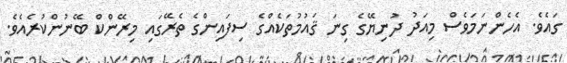
ގައެވެ. އެހެންނަމަވެސް މިއަދު ދުނިޔޭގެ ގިނަ ޤައުމުތަކެއްގެ ސިފައިންގެ ތެރޭގައި މިރޭންކް ބޭނުންކުރެއެވެ.